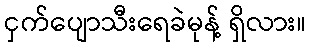
ငှက်ပျောသီးရေခဲမုန့် ရှိလား။